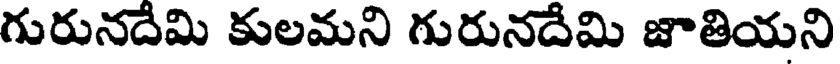
గురునదేమి కులమని గురునదేమి జాతియని